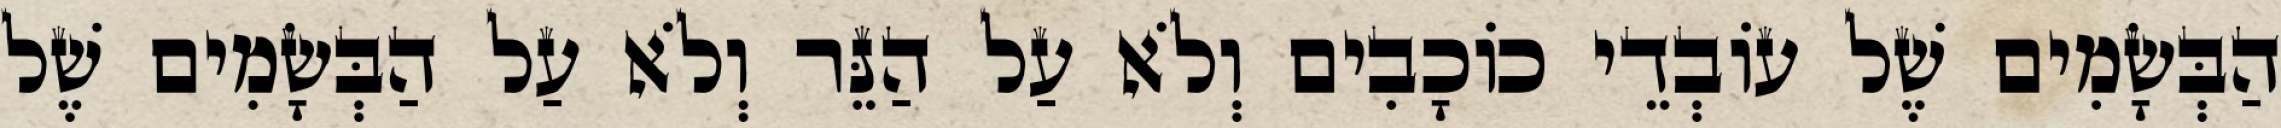
הַבְּשָׂמִים שֶׁל עוֹבְדֵי כוֹכָבִים וְלֹא עַל הַנֵּר וְלֹא עַל הַבְּשָׂמִים שֶׁל